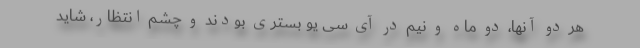
هر دو آنها، دو ماه و نیم در آی سی یو بستری بودند و چشم انتظار، شاید